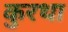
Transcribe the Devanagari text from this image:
कुरथा